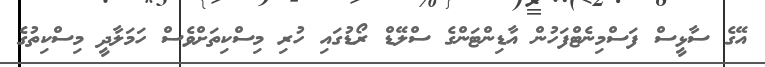
އޭގެ ސާޅީސް ފަސްމިނެޓްފަހުން އާޑިންޓަންގެ ސްލޭޑް ރޯޑުގައި ހުރި މިސްކިތަށްވެސް ހަމަލާދީ މިސްކިތުގެ